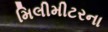
મિલીમીટરના